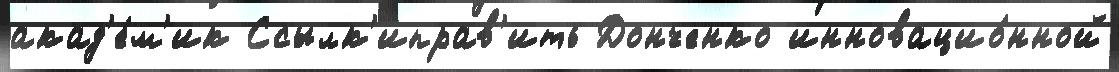
акад'е́м'ик Ссылк'иправ'ить Донченко инновацио́нной